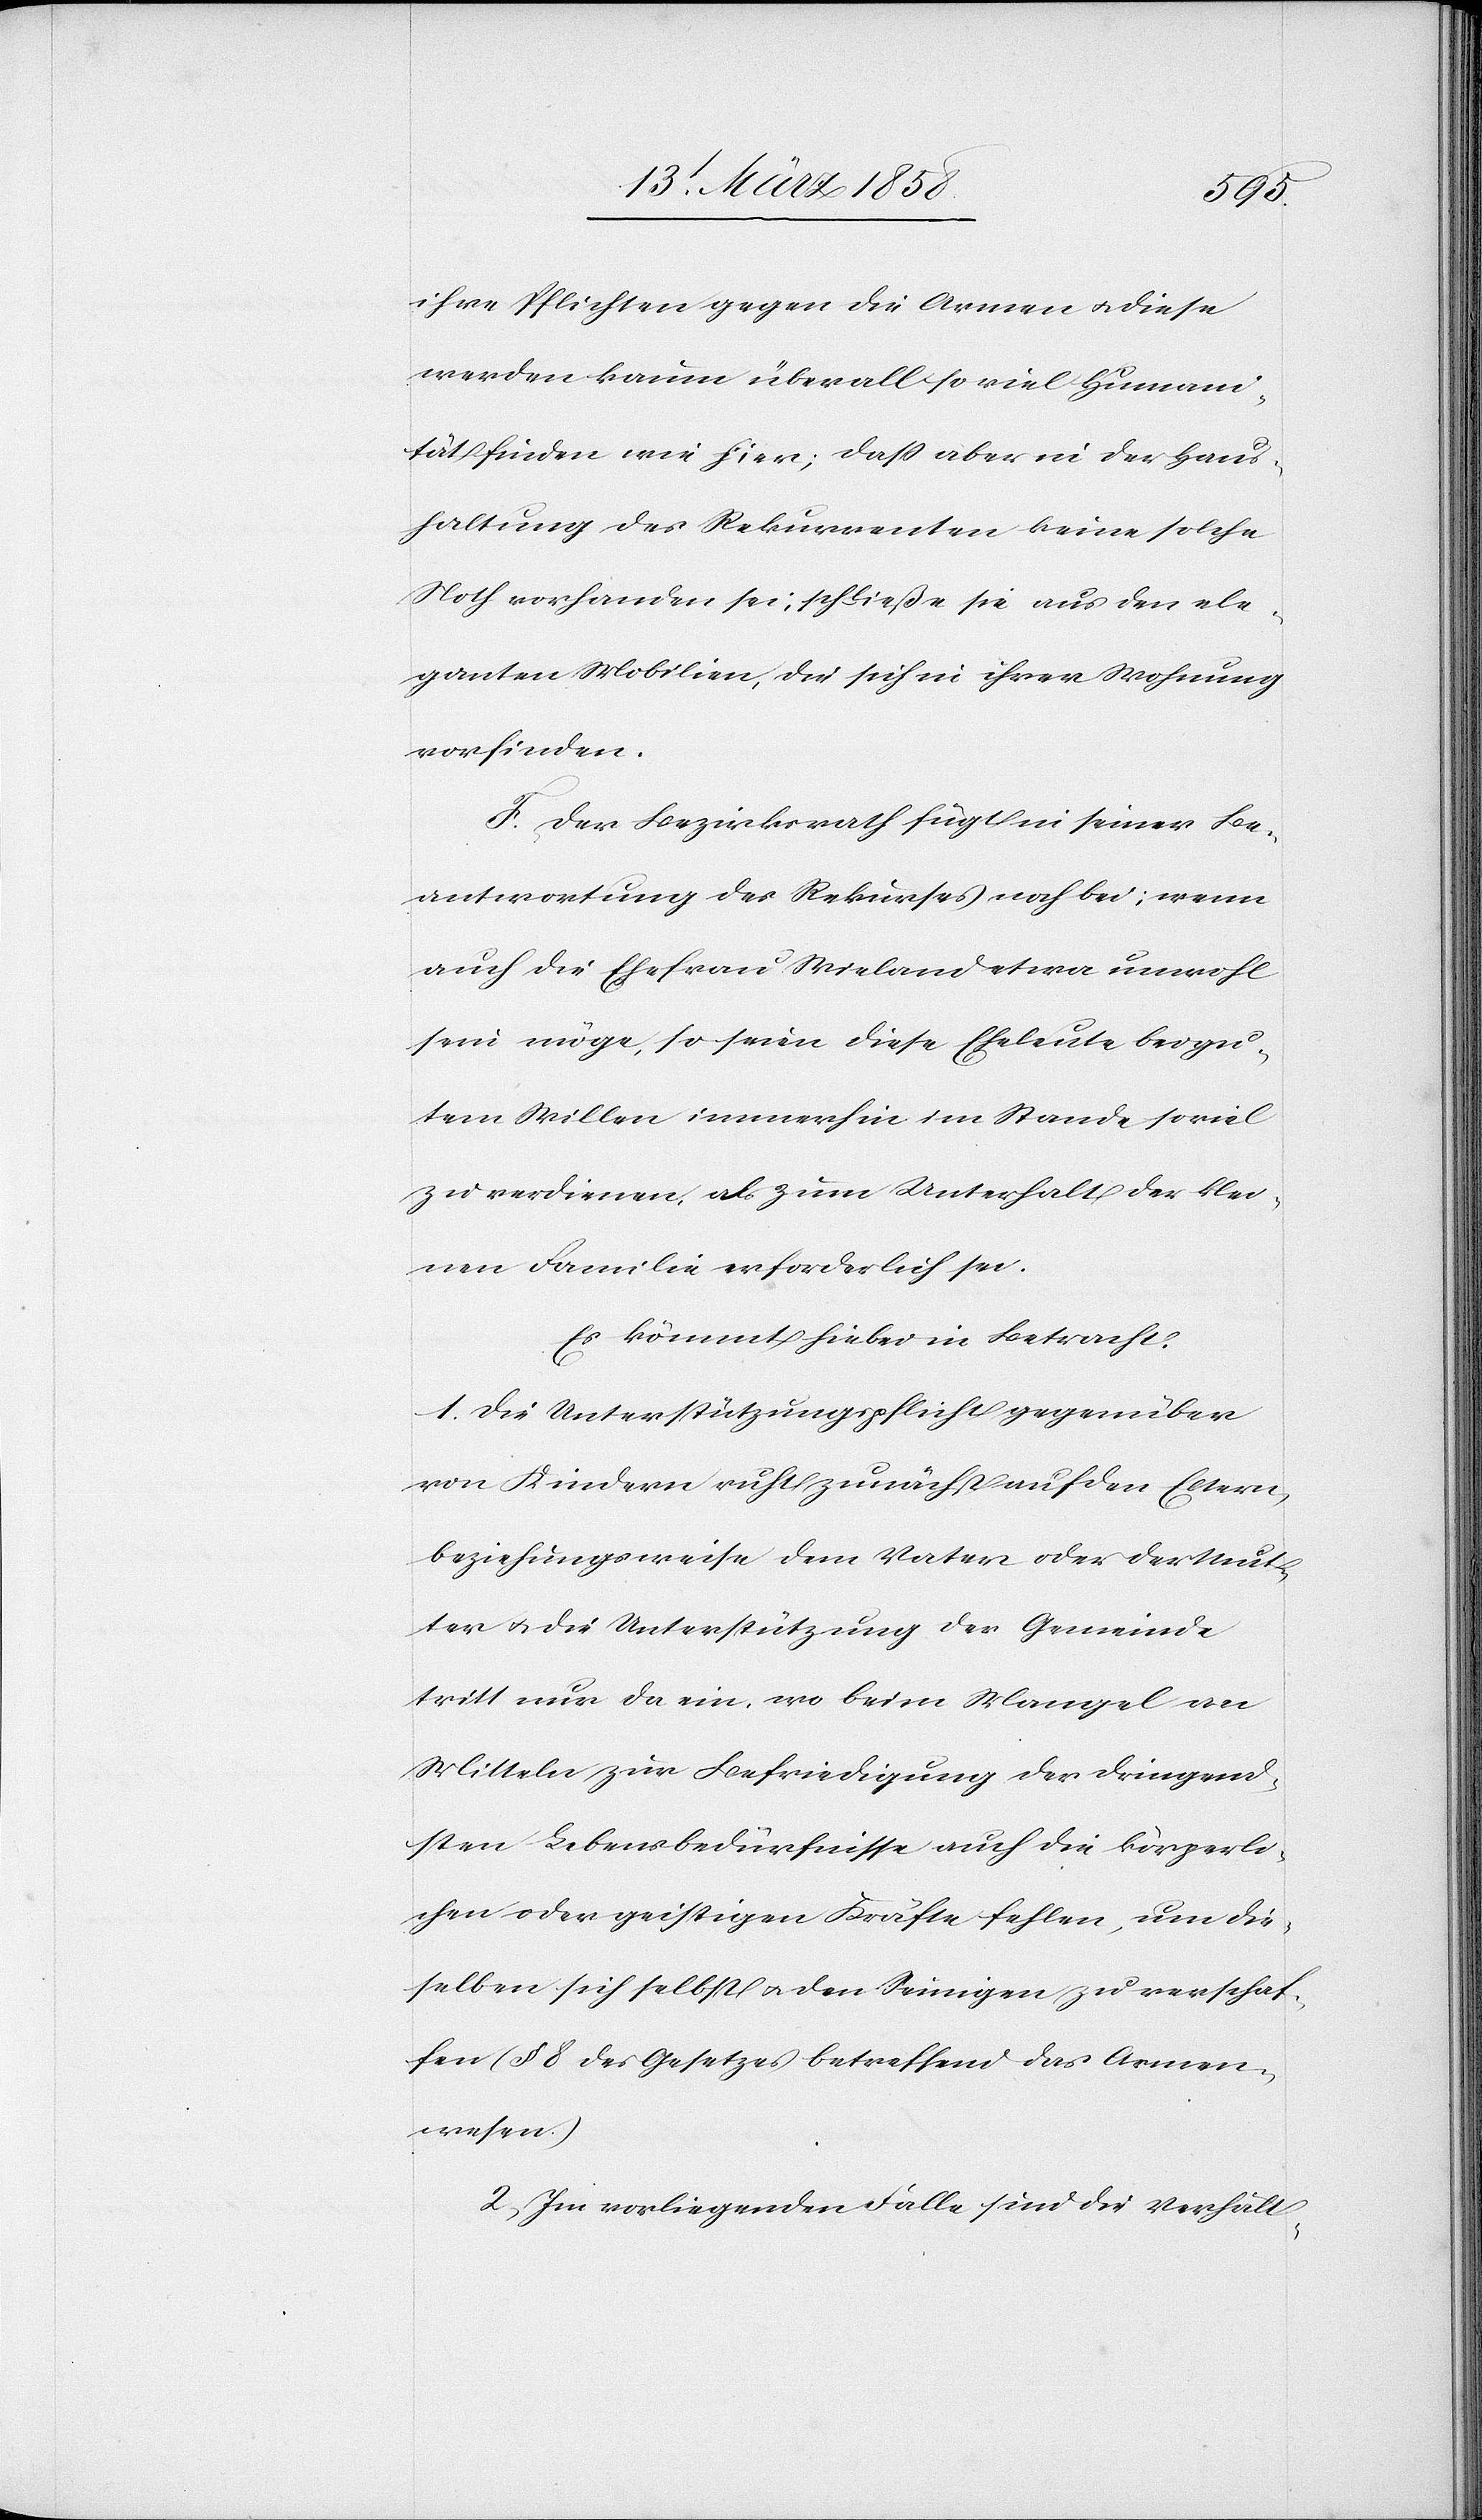
ihre Pflichten gegen die Armen u. diese
werden kaum überall so viel Humani¬
tät finden wie hier; daß aber in der Haus¬
haltung des Rekurrenten keine solche
Noth vorhanden sei, schließe sie aus den ele¬
ganten Mobilien, die sich in ihrer Wohnung
vorfinden.
F. Der Bezirksrath fügt in seiner Be¬
antwortung des Rekurses noch bei; wenn
auch die Ehefrau Wieland etwa unwohl
sein möge, so seien diese Eheleute bei gu¬
tem Willen immerhin im Stande soviel
zu verdienen, als zum Unterhalt der klei¬
nen Familie erforderlich sei.
Es kömmt hiebei in Betracht:
1. Die Unterstützungspflicht gegenüber
von Kindern ruht zunächst auf den Eltern,
beziehungsweise dem Vater oder der Mut¬
ter u. die Unterstützung der Gemeinde
tritt nur da ein, wo beim Mangel an
Mitteln zur Befriedigung der dringend¬
stens Lebensbedürfnisse auch die körperli¬
chen oder geistigen Kräfte fehlen, u. die¬
selben sich selbst u. den Seinigen zu verschaf¬
fen (§ 8 des Gesetzes betreffend das Armen¬
wesen).
2. Im vorliegenden Falle sind die Verhält-